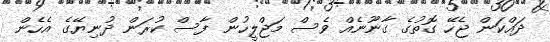
ދައްކަން ޖެހޭ ގޮތުގެ ގާނޫނެއް ވެސް މަޖްލީހުން ފާސް ކުރަން ދުނިޔޭގެ އެހެން